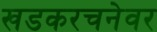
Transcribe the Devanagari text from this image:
खडकरचनेवर